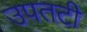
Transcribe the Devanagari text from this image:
उपतटी